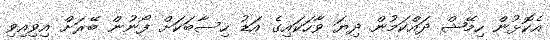
އެކޮޅުން ހިމޭޝް ދައްކަމުން ދިޔަ ވާހަކައިގެ އަޑު ހިސާބަކަށް ފޯނުން ބޭރަށް އިވިއިވި